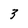
Character: 3